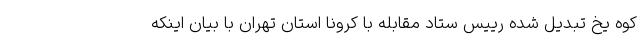
کوه یخ تبدیل شده رییس ستاد مقابله با کرونا استان تهران با بیان اینکه